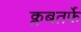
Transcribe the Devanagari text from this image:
क्लबतर्फे